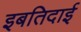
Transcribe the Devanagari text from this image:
इबतिदाई